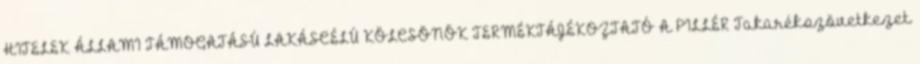
HITELEK ÁLLAMI TÁMOGATÁSÚ LAKÁSCÉLÚ KÖLCSÖNÖK TERMÉKTÁJÉKOZTATÓ A PILLÉR Takarékszövetkezet